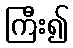
ကြီး၍